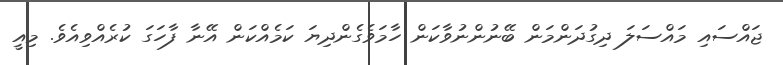
ޖައްސައި މައްސަލަ ދިގުދަންމަން ބޭނުންނުވާކަން ހާމަވެގެންދިޔަ ކަމެއްކަން އޭނާ ފާހަގަ ކުރެއްވިއެވެ. މިއީ